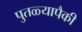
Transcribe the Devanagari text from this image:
पुतळ्यापैकी